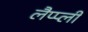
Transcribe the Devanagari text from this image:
लैप्प्ली